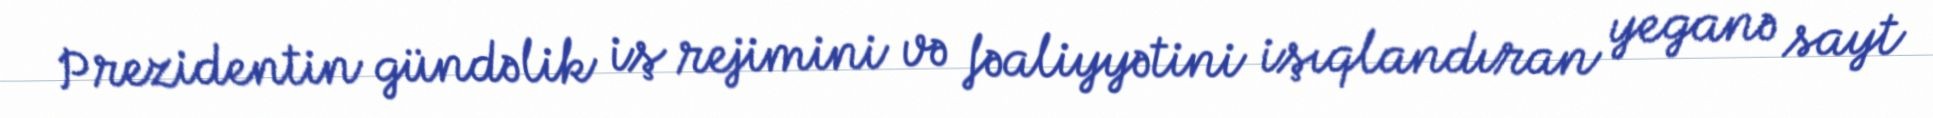
Prezidentin gündəlik iş rejimini və fəaliyyətini işıqlandıran yeganə sayt